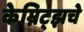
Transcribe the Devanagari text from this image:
केम्निट्झचे